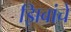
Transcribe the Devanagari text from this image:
झिबांचे